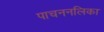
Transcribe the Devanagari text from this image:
पाचननलिका